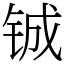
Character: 铖